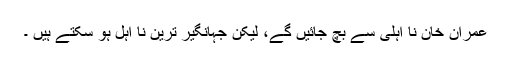
عمران خان نا اہلی سے بچ جائیں گے، لیکن جہانگیر ترین نا اہل ہو سکتے ہیں ۔